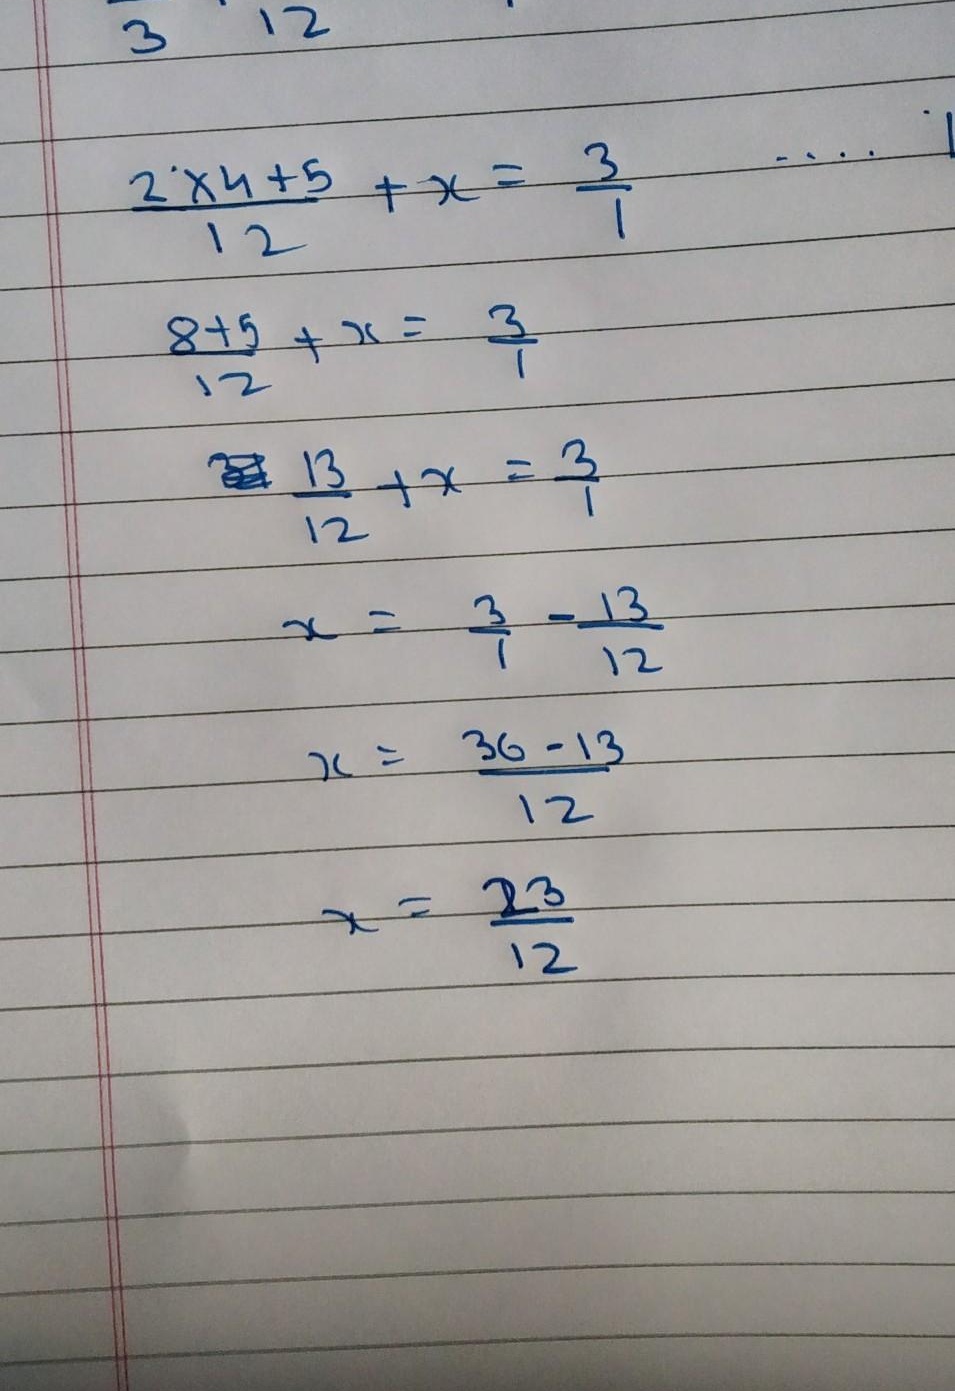
\[
\begin{align*}
\frac{2\times4 + 5}{12}+x&=\frac{3}{1}\\
\frac{8 + 5}{12}+x&=\frac{3}{1}\\
\frac{13}{12}+x&=\frac{3}{1}\\
x&=\frac{3}{1}-\frac{13}{12}\\
x&=\frac{36 - 13}{12}\\
x&=\frac{23}{12}
\end{align*}
\]